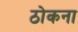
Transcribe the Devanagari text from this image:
ठोकना